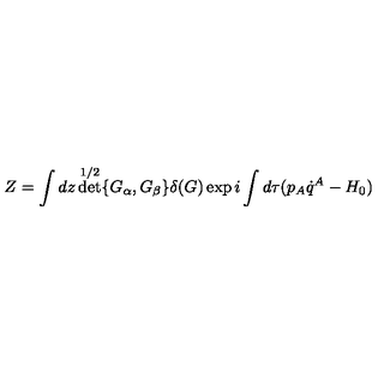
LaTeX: Z = \int d z \det ^ { 1 / 2 } \{ G _ { \alpha } , G _ { \beta } \} \delta ( G ) \exp i \int d \tau ( p _ { A } \dot { q } ^ { A } - H _ { 0 } )